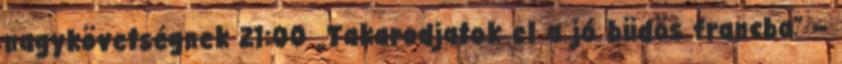
nagykövetségnek 21:00 „Takarodjatok el a jó büdös francba” –